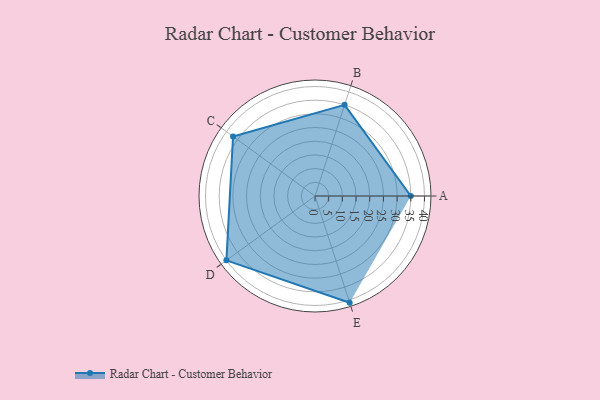
{"axis": {"x": "Skill", "y": "Score"}, "legend": ["Profile"], "data": [{"x": "A", "y": 35.0, "type": "Profile"}, {"x": "B", "y": 35.0, "type": "Profile"}, {"x": "C", "y": 37.0, "type": "Profile"}, {"x": "D", "y": 40.0, "type": "Profile"}, {"x": "E", "y": 41.0, "type": "Profile"}]}